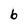
Character: b